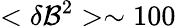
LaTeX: <\delta\mathcal{B}^{2}>\sim100